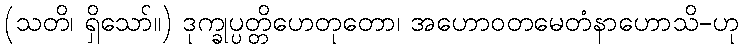
(သတိ၊ ရှိသော်။) ဒုက္ခုပ္ပတ္တိဟေတုတော၊ အဟောဝတမေတံနာဟောသိ-ဟု